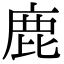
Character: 鹿